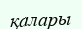
қалары